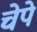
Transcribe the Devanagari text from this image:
चेपे